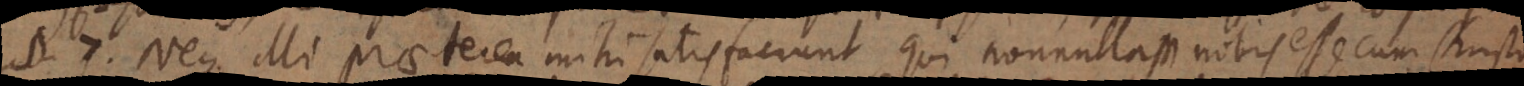
7. Neque illi praeterea mihi satisfaciunt qui nonnullam nobis esse cum Christo